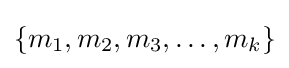
\{m_{1},m_{2},m_{3},\ldots ,m_{k}\}